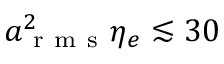
a _ { \mathrm { ~ r ~ m ~ s ~ } } ^ { 2 } \eta _ { e } \lesssim 3 0